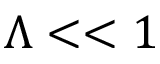
\Lambda < < 1